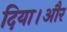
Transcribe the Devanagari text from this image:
दिया।और